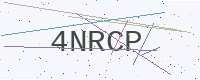
Text: 4NRCP